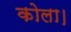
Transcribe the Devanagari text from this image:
कोला।